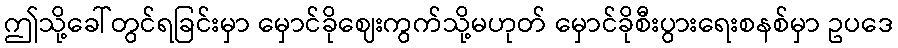
ဤသို့ခေါ်တွင်ရခြင်းမှာ မှောင်ခိုဈေးကွက်သို့မဟုတ် မှောင်ခိုစီးပွားရေးစနစ်မှာ ဥပဒေ